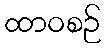
ထာဝစဉ်